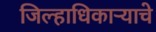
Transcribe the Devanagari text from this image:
जिल्हाधिकाऱ्याचे